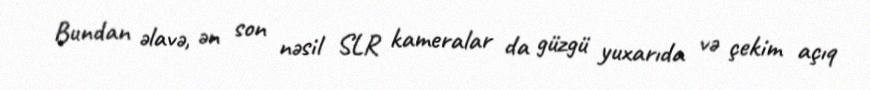
Bundan əlavə, ən son nəsil SLR kameralar da güzgü yuxarıda və çekim açıq